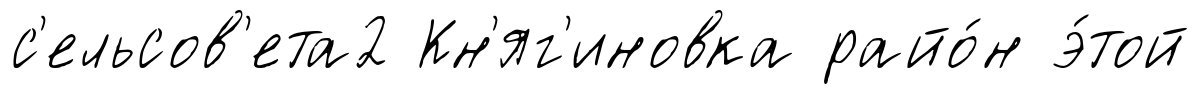
с'ельсов'ета2 Кн'яг'иновка райо́н э́той